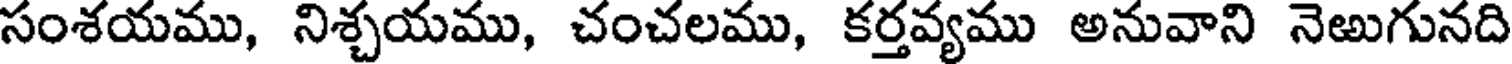
సంశయము, నిశ్చయము, చంచలము, కర్తవ్యము అనువాని నెఱుగునది